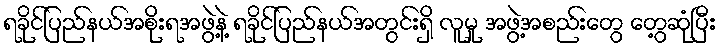
ရခိုင်ပြည်နယ်အစိုးရအဖွဲ့နဲ့ ရခိုင်ပြည်နယ်အတွင်းရှိ လူမှု အဖွဲ့အစည်းတွေ တွေ့ဆုံပြီး